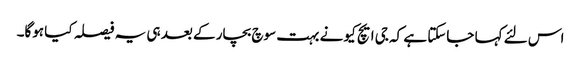
اس لئے کہا جاسکتا ہے کہ جی ایچ کیو نے بہت سوچ بچار کے بعد ہی یہ فیصلہ کیا ہوگا۔